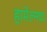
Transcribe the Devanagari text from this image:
हामेल्नचा